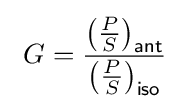
\ G={\left({P \over S}\right)_{\mathsf {ant}} \over \left({P \over S}\right)_{\mathsf {iso}}}\